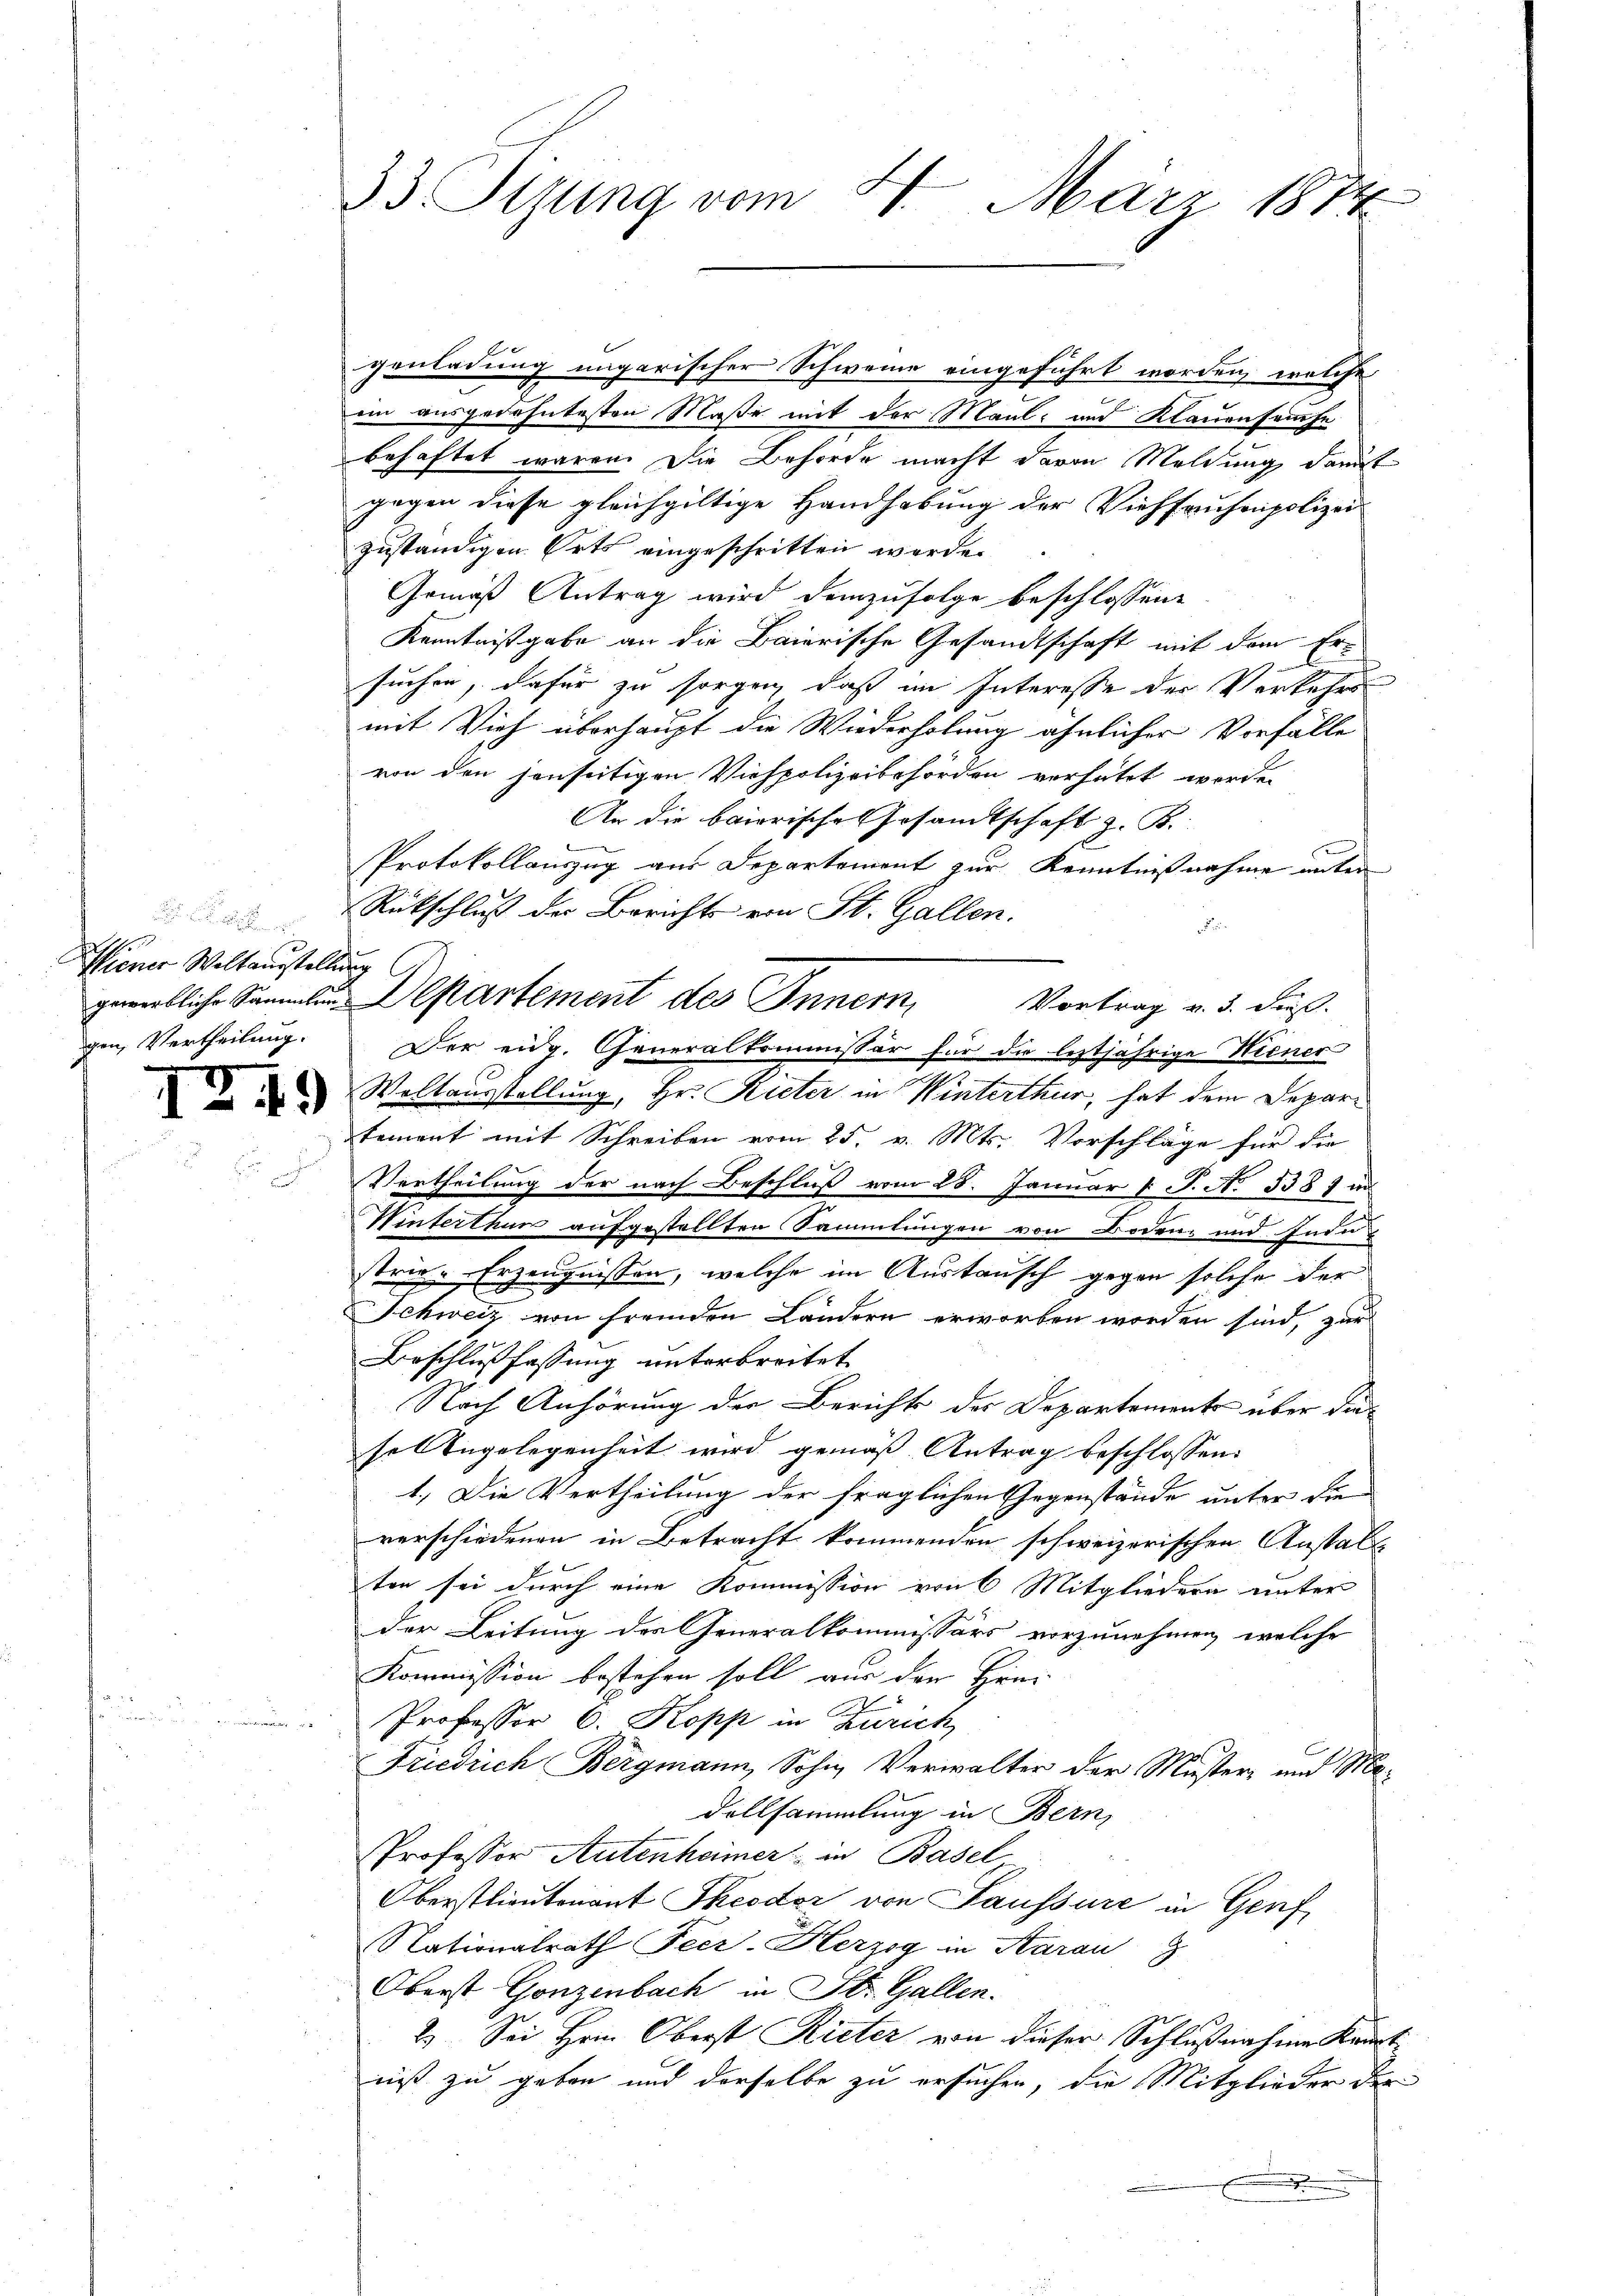
.
Miener Weltausstellung
gen, Vertheilung.

33 Sizung vom 21. März 1874

genladung ungarischer Schweine eingeführt worden, welche
ein ausgedehntesten Maße mit der Maul- und Klauensamte
behaftet waren. Die Behörde macht davon Meldung damit
gegen diese gleichgültige Handhabung der Viehfruhonpolizei
zuständigen Orts eingeschritten werde.
Gemäß Antrag wird demzufolge beschlossene
Kenntnißgabe an die Baierische Gesandtschaft mit dem Ersuchen, dafür zu sorgen, daß im Interesse der Verkehrs
mit Vieh überhaupt die Wiederholung ähnlicher Vorfälle
von den jenseitigen Viehpolizeibehörden verhätzt worden
An die baierische Gesandtschaft z. B.
.
Protokollauszug aus Departement zur Kenntnißnahme unter
Rückschluß der Berichts von St. Gallen.
d
Vortrag v. 3. dieß
Der eidg. Generalkommissär für die leztjährige Hiener
Weltausstellung, Hr. Rieter in Winterthur, hat dem Departement mit Schreiben vom 25. v. Mts. Vorschläge für die
Vertheilung der nach Beschluß vom 28. Januar d. J. No. 5387 un
Winterthur aufgestellten Sammlungen von Boden- und Indu
strie-Erzeugnissen, welche im Austausch gegen solche der
Schweiz von fremden Ländern erworben worden sind, zur
Beschlußfassung unterbreitet
Nach Anhörung der Berichts der Departements über diesel Angelegenheit wird gemäß Antrag beschlossen:
1.) Die Vertheilung der fraglichen Gegenstände unter die
verschiedenen in Betracht kommenden schweizerischen Anstalt
ten sei durch eine Kommission von 6 Mitgliedern unter
der Leitung der Generalkommissärs vorzunehmen, welche
Kommission bestehen soll aus der Herr
Professor C. Kopp in Zürich,
Friedrich Bergmann, Sohn, Verwalter der Muster- und Madollsammlung in Bern,
Professor Autenheimer in Basel
Oberstlieutenant Theodor von Paussure in Genf
Nationalrath Feer-Herzog in Aarau
Oberst Gonzenbach in St. Gallen.
2.) Sei Hrn. Oberst Rieter von dieser Schlußnahme Kant
nis zu geben und derselbe zu ersuchen, die Mitglieder der
.

gewerbliche Sammlen Departement des Innern,